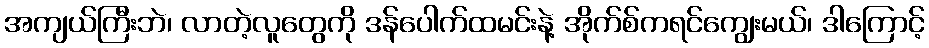
အကျယ်ကြီးဘဲ၊ လာတဲ့လူတွေကို ဒန်ပေါက်ထမင်းနဲ့ အိုက်စ်ကရင်ကျွေးမယ်၊ ဒါကြောင့်